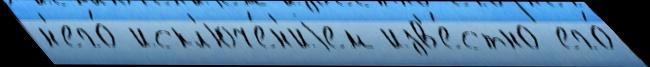
н'его́ искл'юче́н'иjем изв'е́стно его́